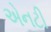
એનટી